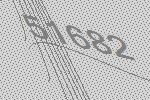
51682